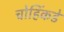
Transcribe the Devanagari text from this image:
चोहिंकडे